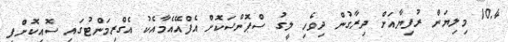
10.4 މިލިޔަން ރުފިޔާއަށް ދިރާގުން ދިވެހި ލީގު ސްޕޮންސަކޮށް އެފްއޭއެމާއެކު އެގްރިމަންޓުގައި ސޮއިކޮށްފި